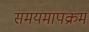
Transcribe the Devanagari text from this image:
समयमापक्रम